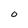
Character: O